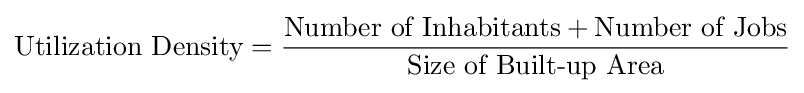
{\text{Utilization Density}}={\frac {{\text{Number of Inhabitants}}+{\text{Number of Jobs}}}{\text{Size of Built-up Area}}}